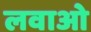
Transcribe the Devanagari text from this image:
लवाओ